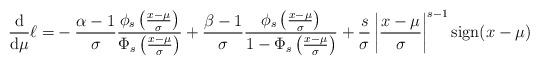
LaTeX: \begin{align*}\frac{\mathrm{d}}{\mathrm{d}\mu}\ell=&-\frac{\alpha-1}{\sigma}\frac{\phi_s\left(\frac{x-\mu}{\sigma}\right)}{\Phi_s\left(\frac{x-\mu}{\sigma}\right)}+\frac{\beta-1}{\sigma}\frac{\phi_s\left(\frac{x-\mu}{\sigma}\right)}{1-\Phi_s\left(\frac{x-\mu}{\sigma}\right)}+\frac{s}{\sigma}\left|\frac{x-\mu}{\sigma}\right|^{s-1}\mathrm{sign}(x-\mu)\end{align*}